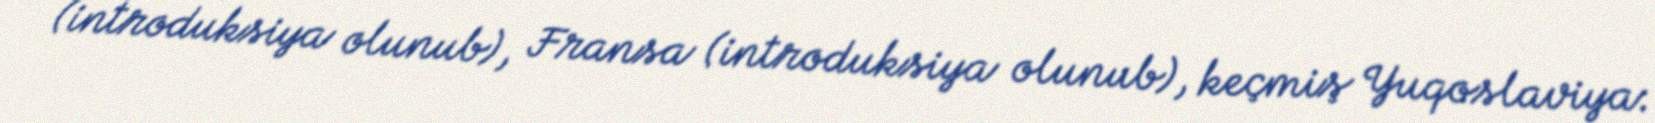
(introduksiya olunub), Fransa (introduksiya olunub), keçmiş Yuqoslaviya: